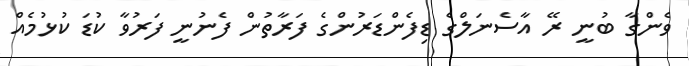
ވެންގާ ބުނީ ރޭ އާސެނަލްގެ ޑިފެންޑަރުންގެ ފަރާތުން ފެނުނީ ފަރުވާ ކުޑަ ކުޅުމެއް